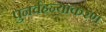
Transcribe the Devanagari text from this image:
पुनर्वहन्‍याकरण